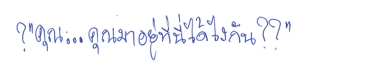
?"คุณ...คุณมาอยู่ที่นี่ได้ไงกัน??"